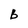
Character: B